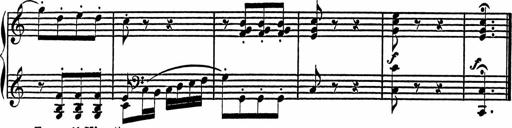
Title: 4 Piano Sonatinas
Composer: Adam Geibel